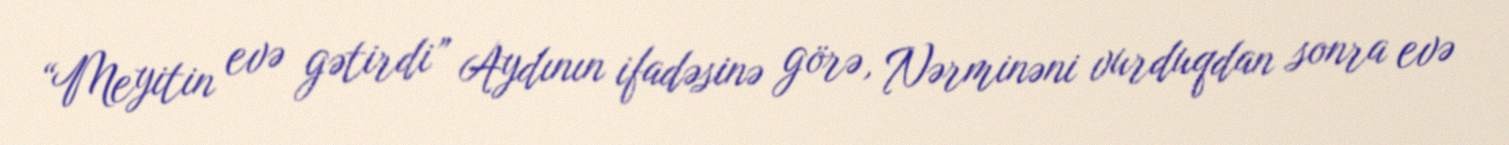
“Meyitin evə gətirdi” Aydının ifadəsinə görə, Nərminəni vurduqdan sonra evə